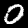
Digit: 0